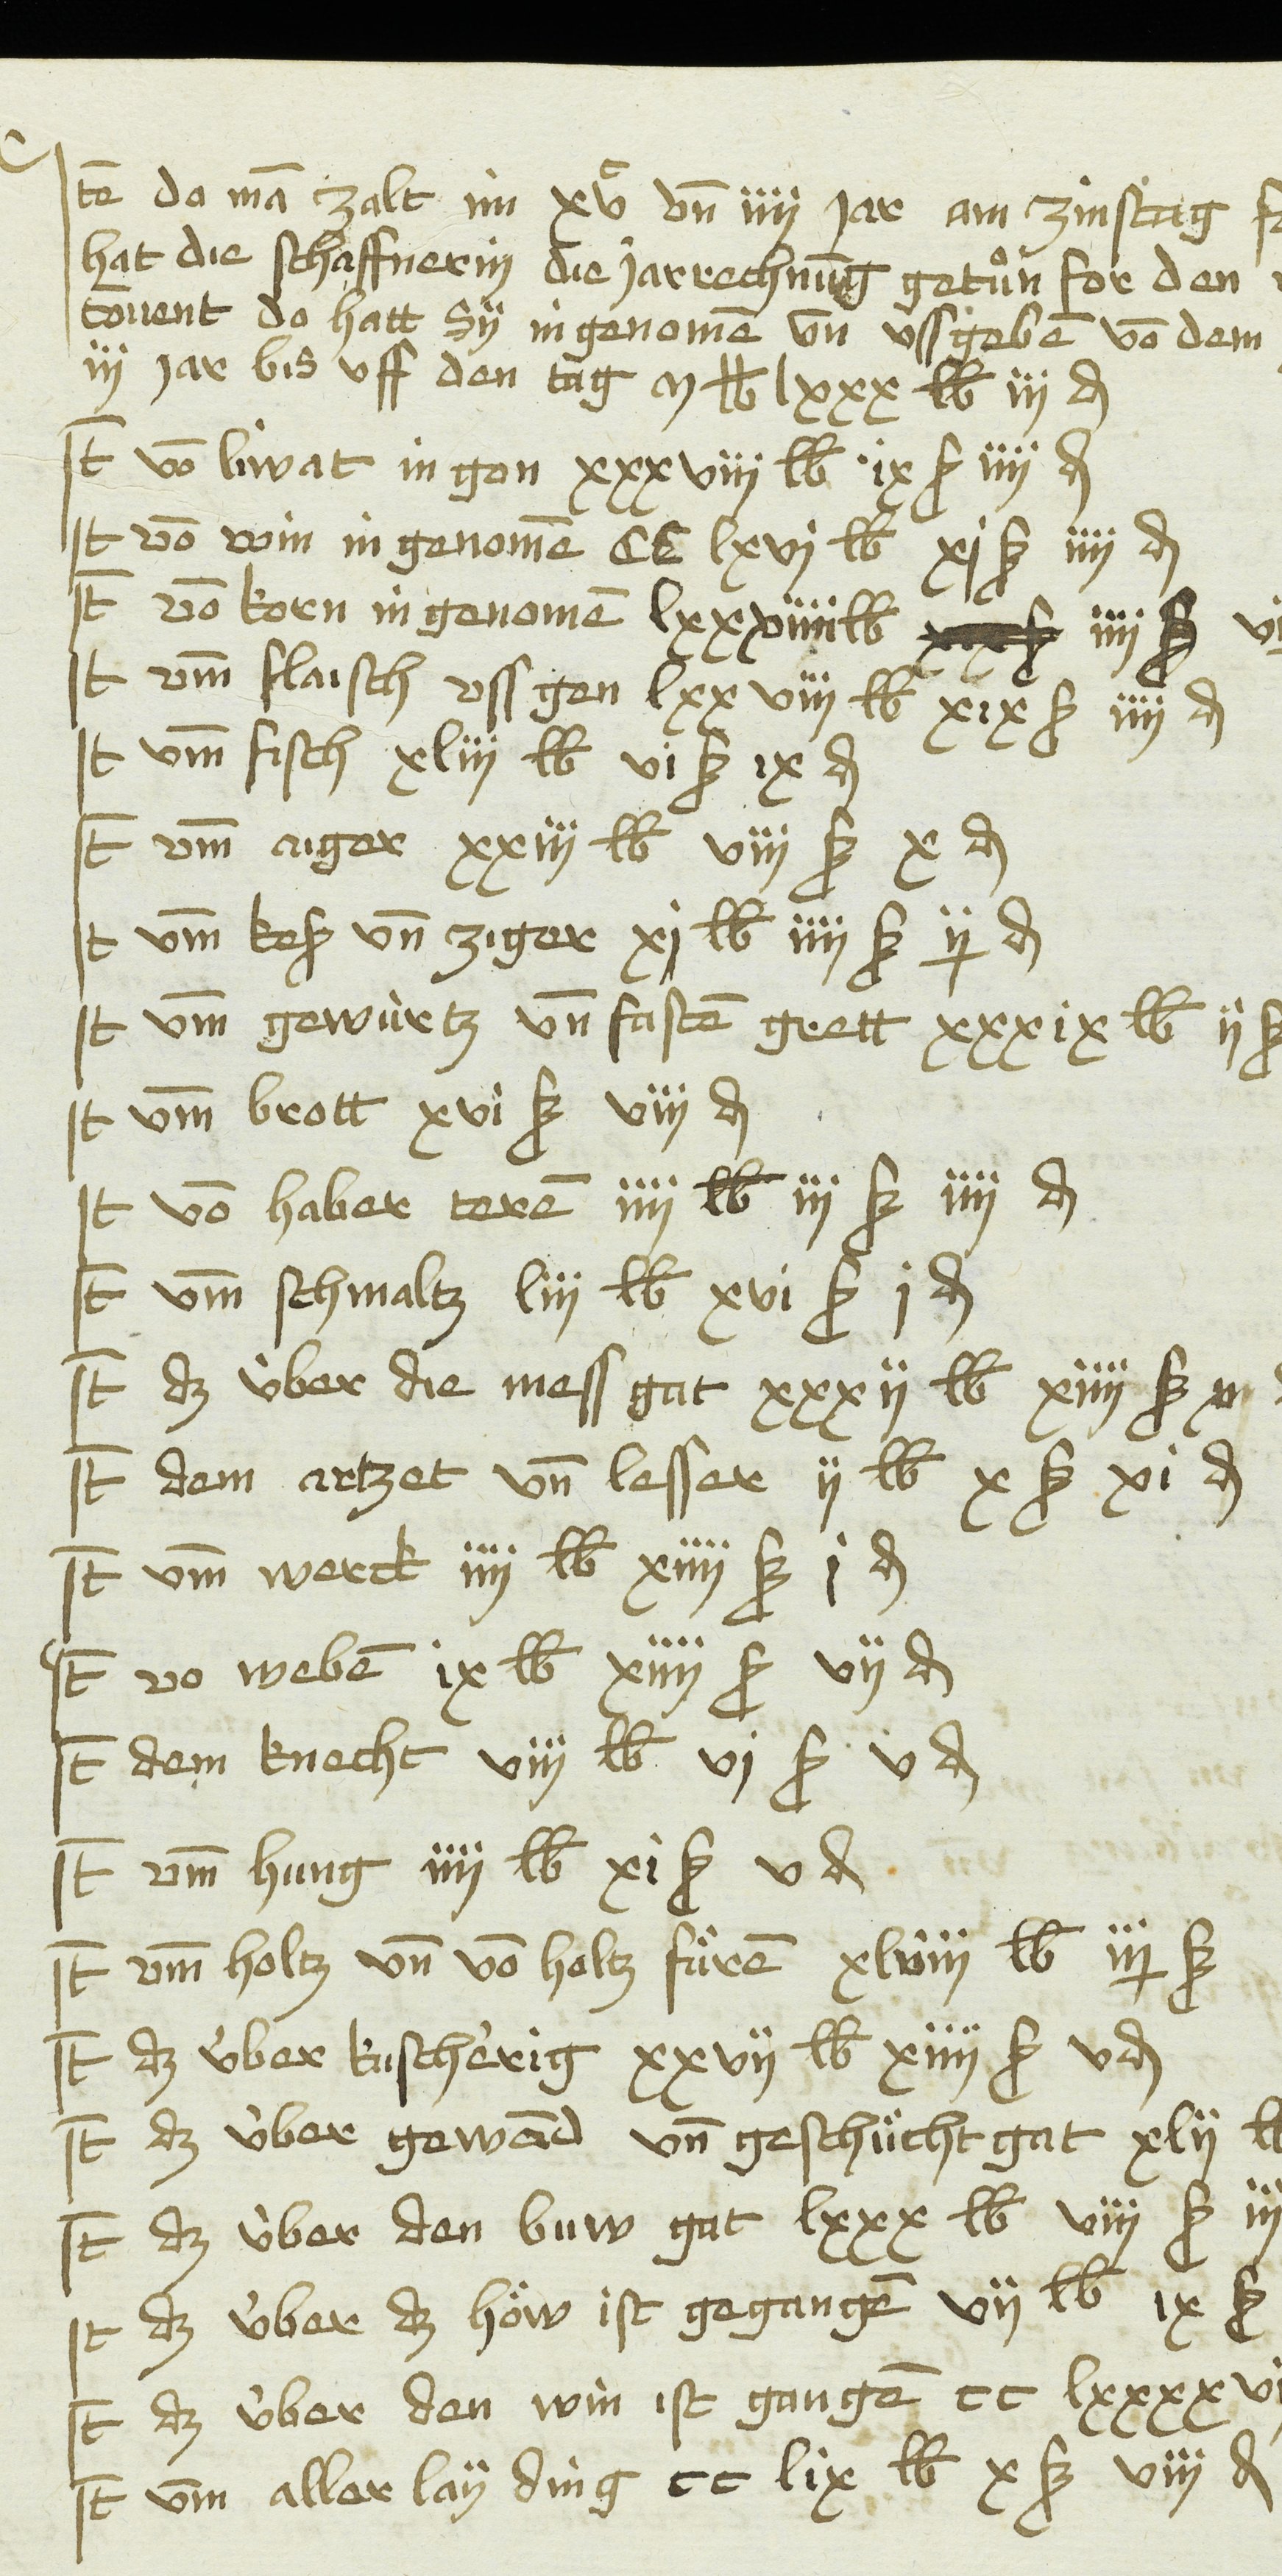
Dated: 1481–1528